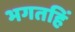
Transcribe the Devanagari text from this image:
भगतहिं